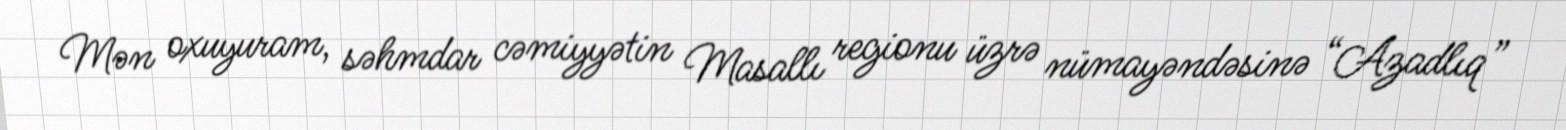
Mən oxuyuram, səhmdar cəmiyyətin Masallı regionu üzrə nümayəndəsinə “Azadlıq”